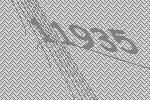
11935